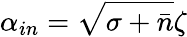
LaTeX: \alpha_{in}=\sqrt{\sigma+\bar{n}}\zeta